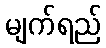
မျက်ရည်